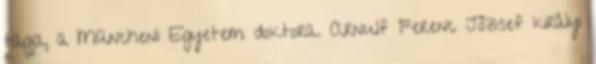
tagja, a Müncheni Egyetem doktora. Arnulf Ferenc József királyi